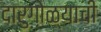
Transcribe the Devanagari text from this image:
दारुगोळ्याची